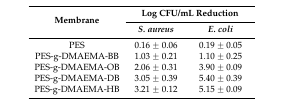
<table><thead><tr><td rowspan="2"><b>Membrane</b></td><td colspan="2"><b>Log CFU/mL Reduction</b></td></tr><tr><td><b><i>S. aureus</i></b></td><td><b><i>E. coli</i></b></td></tr></thead><tbody><tr><td>PES</td><td>0.16 ± 0.06</td><td>0.19 ± 0.05</td></tr><tr><td>PES-g-DMAEMA-BB</td><td>1.03 ± 0.21</td><td>1.10 ± 0.25</td></tr><tr><td>PES-g-DMAEMA-OB</td><td>2.06 ± 0.31</td><td>3.90 ± 0.09</td></tr><tr><td>PES-g-DMAEMA-DB</td><td>3.05 ± 0.39</td><td>5.40 ± 0.39</td></tr><tr><td>PES-g-DMAEMA-HB</td><td>3.21 ± 0.12</td><td>5.15 ± 0.09</td></tr></tbody></table>